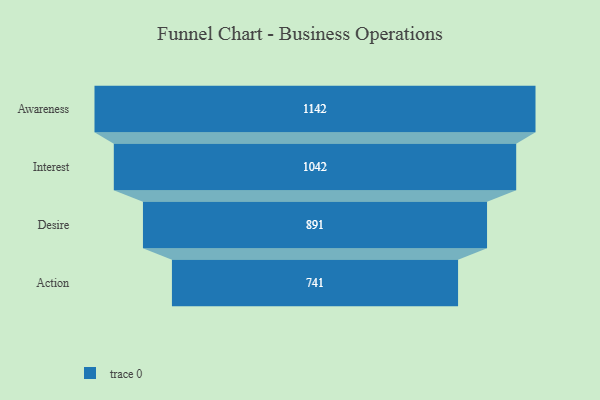
{"axis": {"x": "Stage", "y": "Value"}, "legend": [""], "data": [{"x": "Awareness", "y": 1142.0, "type": ""}, {"x": "Interest", "y": 1042.0, "type": ""}, {"x": "Desire", "y": 891.0, "type": ""}, {"x": "Action", "y": 741.0, "type": ""}]}